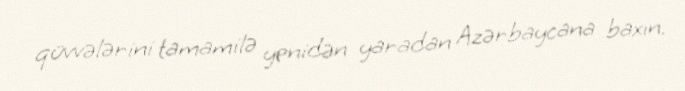
qüvvələrini tamamilə yenidən yaradan Azərbaycana baxın.